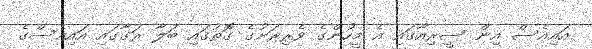
އައިއެސް އިން ސީރިއާގައި އެ މީހުންގެ ވެރިރަށުގެ ގޮތުގައި ބަލާ ރަގާގައި އައިއެސްގެ